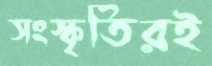
সংস্কৃতিরই